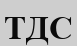
ТДС